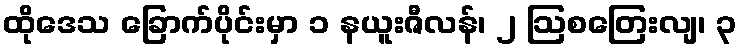
ထိုဒေသ ခြောက်ပိုင်းမှာ ၁ နယူးဇီလန်၊ ၂ ဩစတြေးလျ၊ ၃